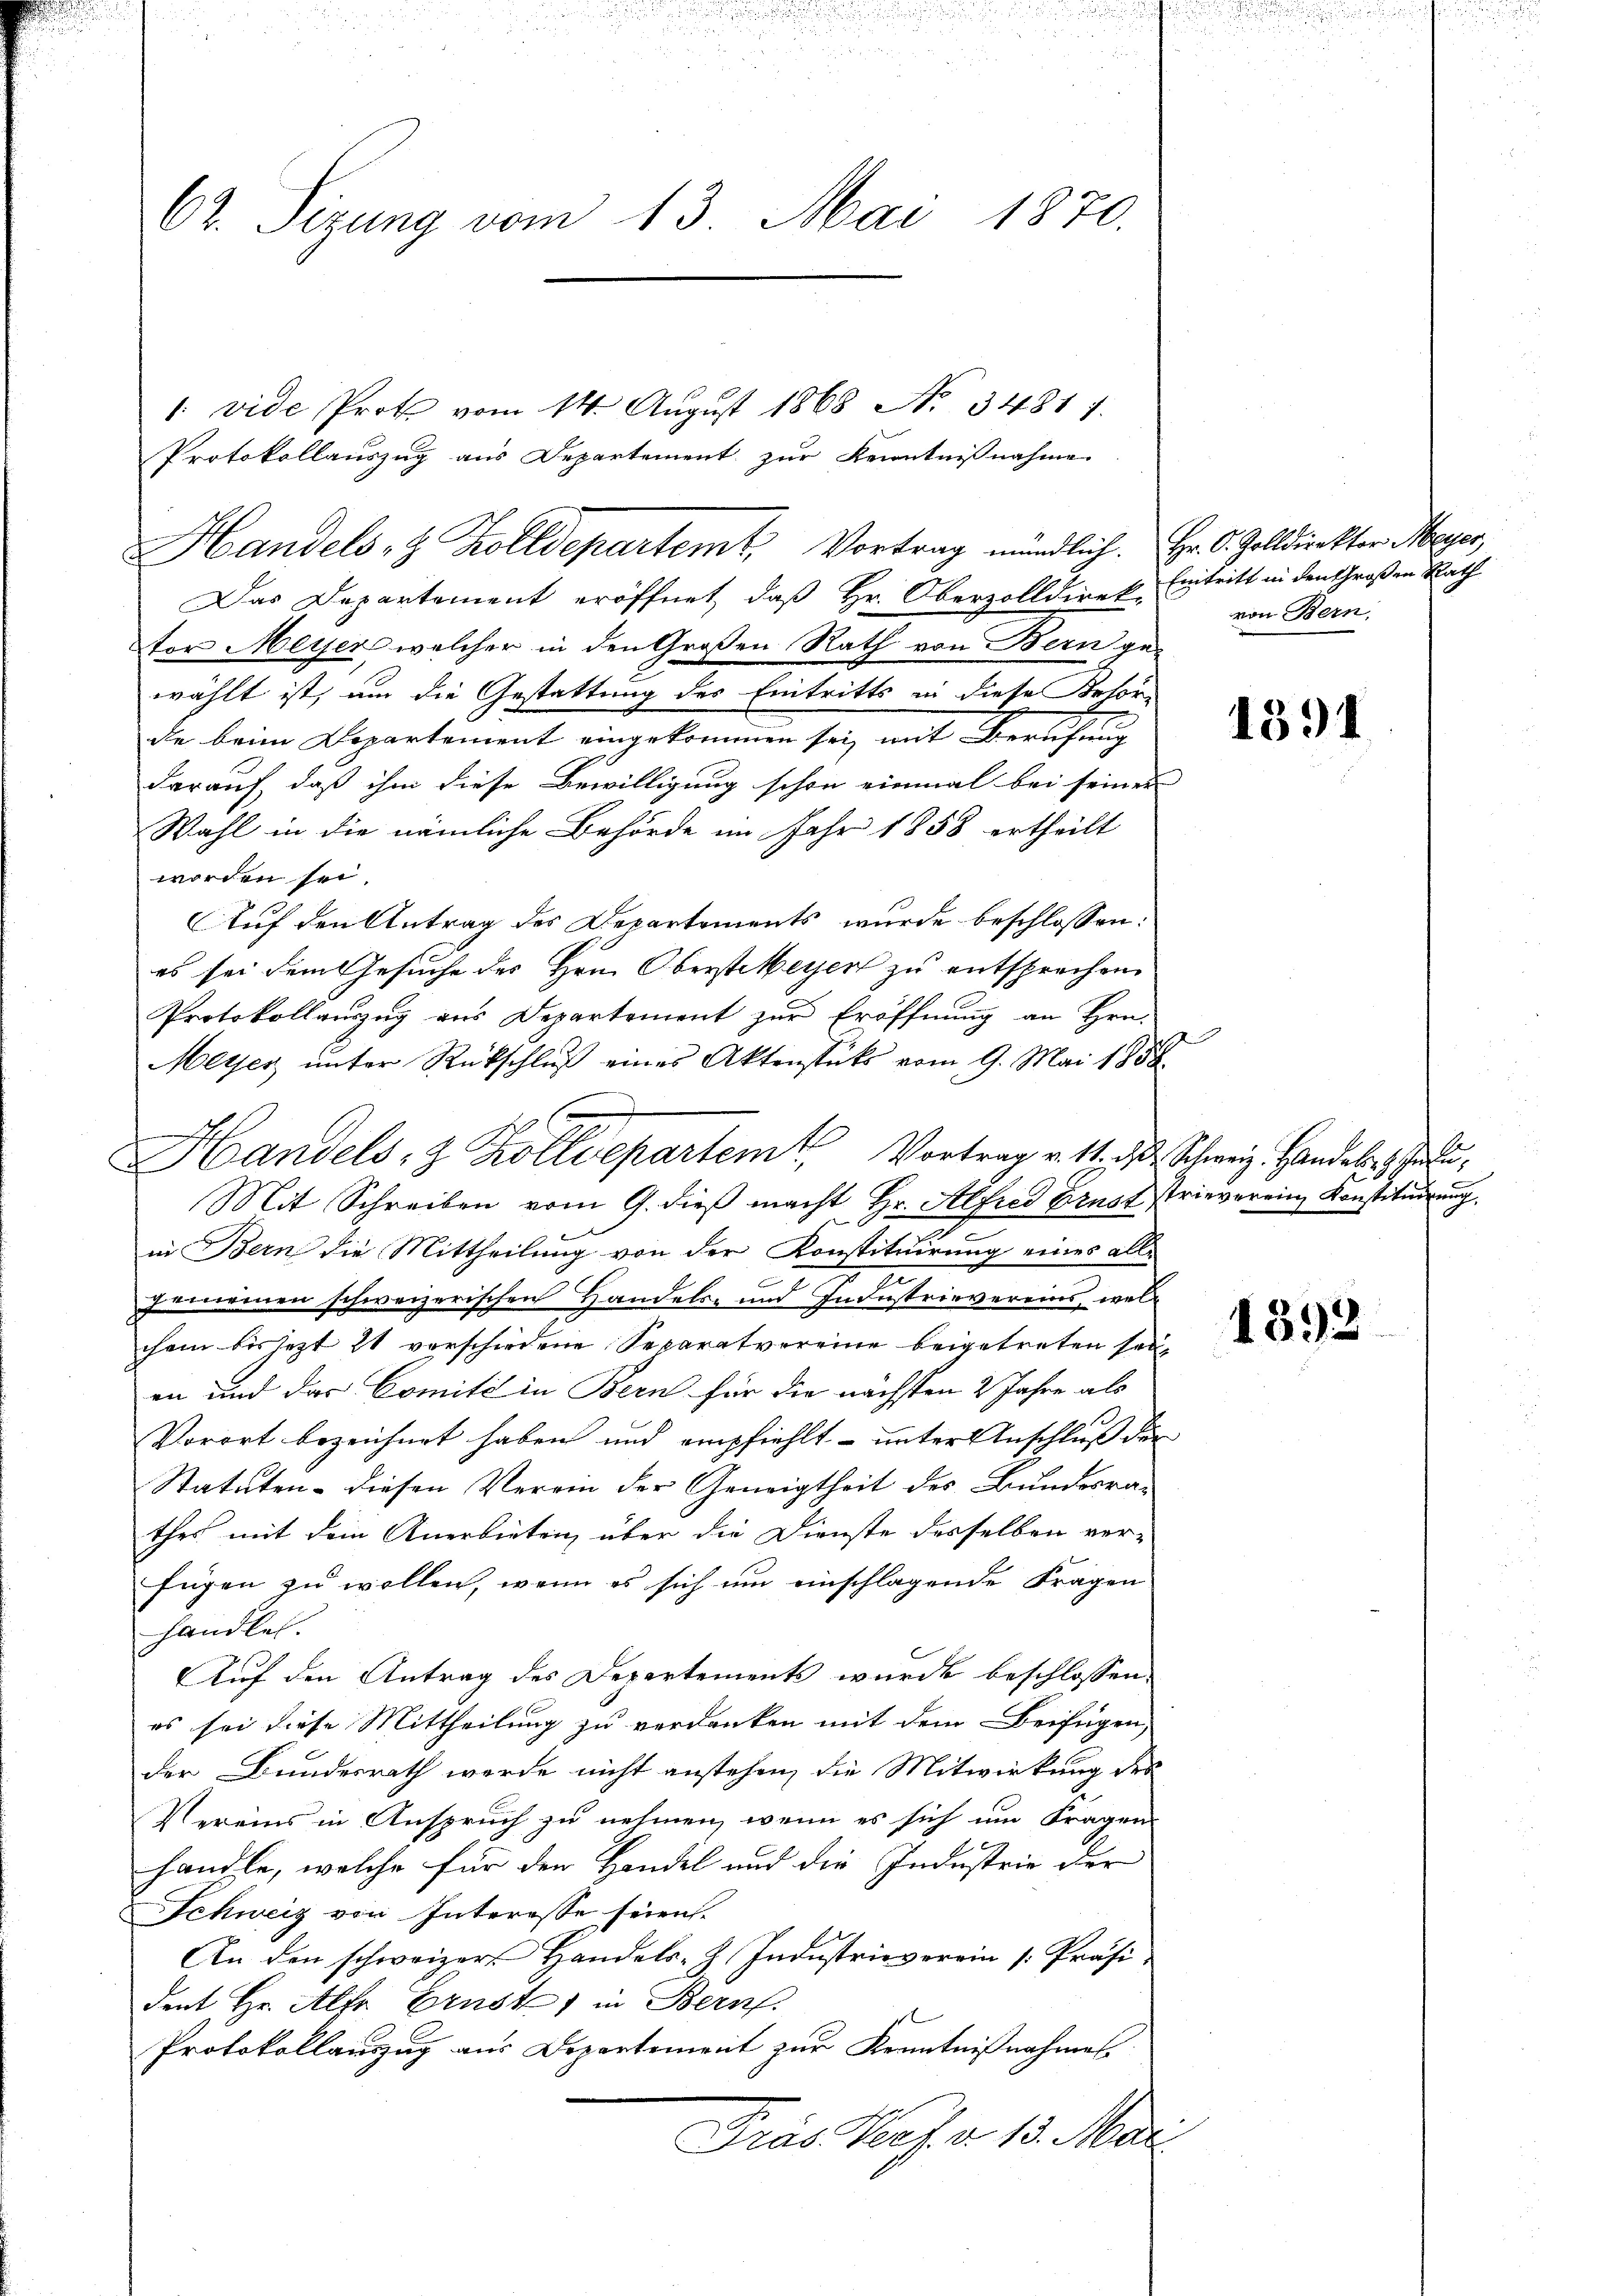
62. Sizung vom 13. Mai 1870.

Das Departement eröffnet, daß Hr. Oberzolldirek Eintritt in den Großen Rath
tor Meyer, welcher in den Großen Rath von Bern ge-
wählt ist, um die Gestattung des Eintritts in diese Behörde beim Departement eingekommen sei, mit Berufung
darauf, daß ihm diese Bewilligung schon einmal bei seiner
Wahl in die nämliche Behörde im Jahr 1858 ertheilt
worden sei.
Auf den Antrag des Departements wurde beschlossen:
es sei dem Gesuche des Hrn. Oberstiegen zu entsprechen
Protokollauszug aus Departement zur Eröffnung an Hrn.
Meyer unter Rückschluß eines Aktenstuts vom 9. Mai 1858.
Handels- & Zolldepartem Vortrag v. 11. d. Schweiz. Handelt hat,
Mit Schreiben vom 9. dieβ macht Hr. Alfred Ernst strieverein Konstitŭierŭng.
in Bern die Mittheilung von der Konstituirung eines alle
gemeinen schweizerischen Handels- und Industrievereins, welchem bis jezt 11 vorschiedene Separatvereine beigetreten sei,
en und das Comité in Bern für die nächsten 2 Jahre als
Vorort bezeichnet haben und empfiehlt – unter Anschluß der
Statuten - diesen Verein der Geneigtheit des Bundesra-
thes mit dem Anerbieten über die Dienste desselben ver-
fügen zu wollen, wenn es sich um einschlagende Fragen
handle.
Auf den Antrag des Departements wurde beschlossen:
es sei diese Mittheilung zu verdanken mit dem Beifügen,
der Bundesrath werde nicht anstehen, die Mitwirkung des
Vereins in Anspruch zu nehmen, wenn es sich um Fragen
handle, welche für den Handel und die Industrie der
Schweiz von Interesse seien.
An den schweizer Handels-Z. Indŭstrieverein /: Präsi-
dent Hr. Alte Ernst, in Bern.
Protokollauszug aus Departement zur Kenntnißnahmen.
Pras Herz a. 13. Mari

: vide Prot vom 14. August 1868 No. 34817.
Protokollauszug aus Departement zur Kenntnißnahme
Handels- & Zolldepartemt. Vortrag mündlich. Hr. O. Zolldirektor Meyer,

von Bern,

1391

1892